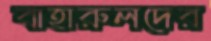
বাহারুলদের